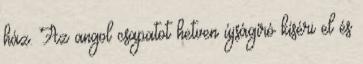
ház. Az angol csapatot hetven újságíró kíséri el és